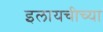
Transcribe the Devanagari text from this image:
इलायचीच्या